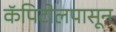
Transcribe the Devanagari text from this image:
कॅपिटोलपासून